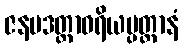
ဇနပဒတ္ထာဝရိယပ္ပတ္တာနံ